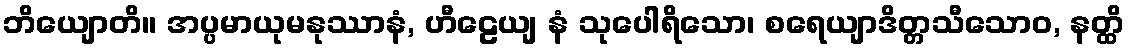
ဘိယျောတိ။ အပ္ပမာယုမနုဿာနံ, ဟီဠေယျ နံ သုပေါရိသော၊ စရေယျာဒိတ္တသီသောဝ, နတ္ထိ